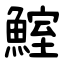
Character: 鰘